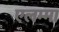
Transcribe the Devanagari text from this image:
एलम्‍मा